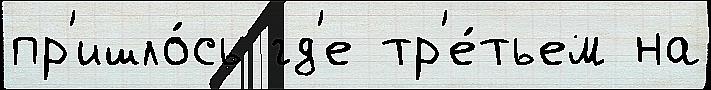
пр'ишло́сь гд'е тр'е́тьем на